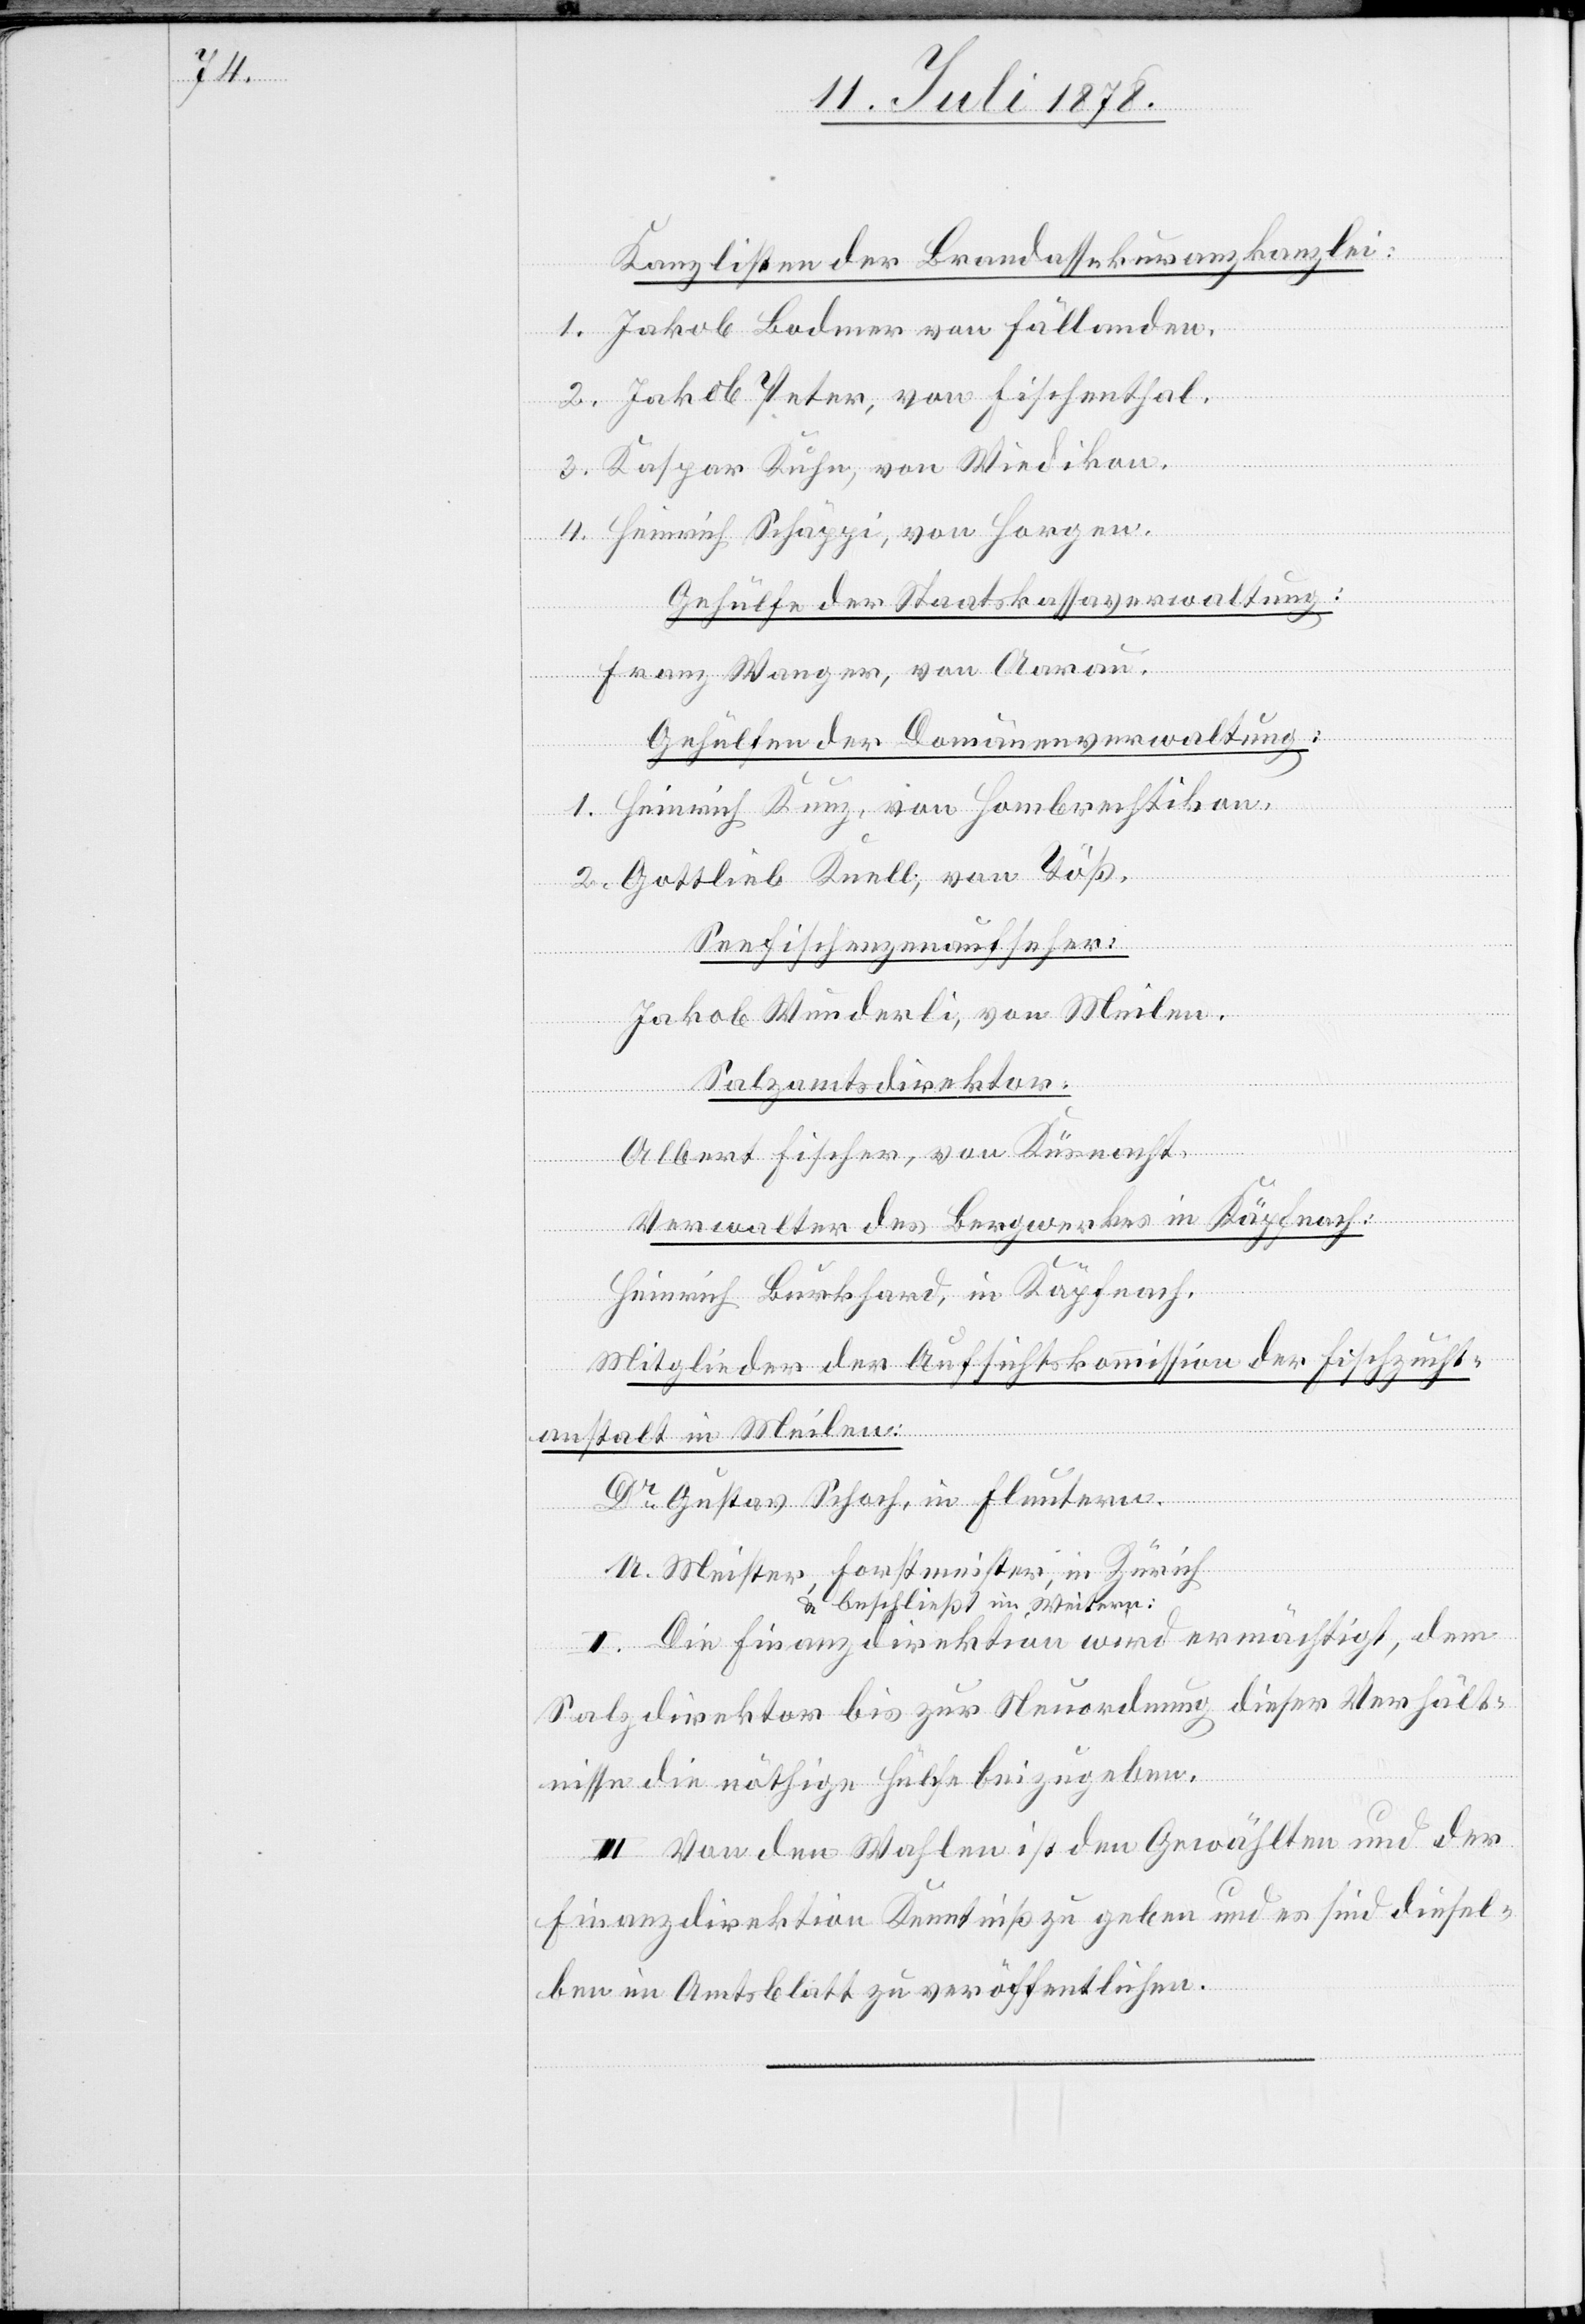
Kanzlisten der Brandassekuranzkanzlei:
1. Jakob Bodmer von Fällanden.
2. Jakob Peter, von Fischenthal.
3. Kaspar Kuhn, von Wiedikon.
4. Heinrich Schäppi, von Horgen.
Gehülfe der Staatskassaverwaltung:
Franz Wanger, von Aarau.
Gehülfen der Domänenverwaltung:
1. Heinrich Kunz, von Hombrechtikon.
2. Gottlieb Knell, von Töß.
Seefischenzenaufseher:
Jakob Wunderli, von Meilen.
Salzamtsdirektor:
Albrecht Fischer, von Küsnacht.
Verwalter des Bergwerkes in Käpfnach:
Heinrich Burkhard, in Käpfnach.
Mitglieder der Aufsichtskommission der Fischzucht¬
anstalt in Meilen:
Dr Gustav Schoch, in Fluntern.
U. Meister, Forstmeister, in Zürich
& beschließt im Weitern:
I. Die Finanzdirektion wird ermächtigt, dem
Salzdirektor bis zur Neuordnung dieser Verhält¬
nisse die nöthige Hülfe beizugeben.
II. Von den Wahlen ist den Gewählten und der
Finanzdirektion Kenntniß zu geben und es sind diesel¬
ben im Amtsblatt zu veröffentlichen.